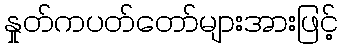
နှုတ်ကပတ်တော်များအားဖြင့်